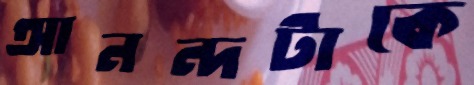
আনন্দটাকে